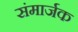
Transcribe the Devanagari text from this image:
संमार्जक